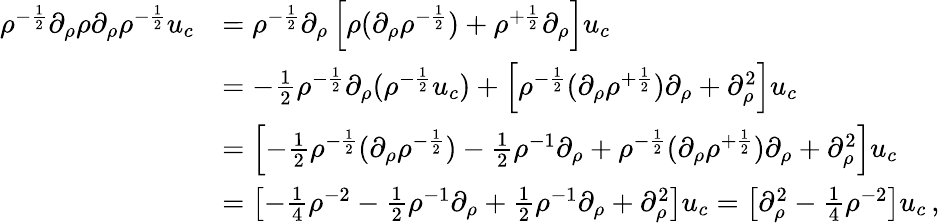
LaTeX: \begin{array}{rl}{\rho^{-\frac 12}\partial_{\rho}\rho\partial_{\rho}\rho^{-\frac 12}u_{c}}&{=\rho^{-\frac 12}\partial_{\rho}\left[\rho(\partial_{\rho}\rho^{-\frac 12})+\rho^{+\frac 12}\partial_{\rho}\right]u_{c}}\\ &{=-\frac 12\rho^{-\frac 12}\partial_{\rho}(\rho^{-\frac 12}u_{c})+\left[\rho^{-\frac 12}(\partial_{\rho}\rho^{+\frac 12})\partial_{\rho}+\partial_{\rho}^{2}\right]u_{c}}\\ &{=\left[-\frac 12\rho^{-\frac 12}(\partial_{\rho}\rho^{-\frac 12})-\frac 12\rho^{-1}\partial_{\rho}+\rho^{-\frac 12}(\partial_{\rho}\rho^{+\frac 12})\partial_{\rho}+\partial_{\rho}^{2}\right]u_{c}}\\ &{=\left[-\frac 14\rho^{-2}-\frac 12\rho^{-1}\partial_{\rho}+\frac 12\rho^{-1}\partial_{\rho}+\partial_{\rho}^{2}\right]u_{c}=\left[\partial_{\rho}^{2}-\frac 14\rho^{-2}\right]u_{c}\, ,}\end{array}